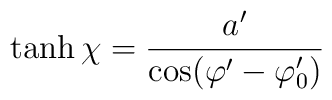
\tanh \chi =\frac{a^{\prime }}{\cos (\varphi ^{\prime }-\varphi _{0}^{\prime})}